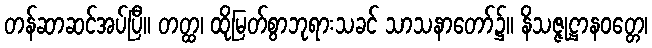
တန်ဆာဆင်အပ်ပြီ။ တတ္ထ၊ ထိုမြတ်စွာဘုရားသခင် သာသနာတော်၌။ နိသဇ္ဇုဋ္ဌာနဝတ္တေ၊